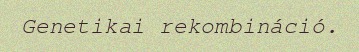
Genetikai rekombináció.